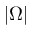
| \Omega |